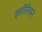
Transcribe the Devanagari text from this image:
इसॉरियन